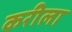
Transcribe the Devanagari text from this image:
करीला